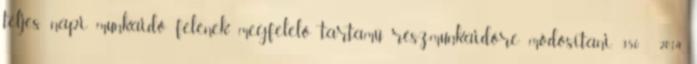
teljes napi munkaidő felének megfelelő tartamú részmunkaidőre módosítani. 350 2014.